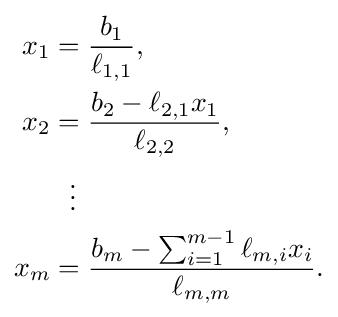
{\begin{aligned}x_{1}&={\frac {b_{1}}{\ell _{1,1}}},\\x_{2}&={\frac {b_{2}-\ell _{2,1}x_{1}}{\ell _{2,2}}},\\&\ \ \vdots \\x_{m}&={\frac {b_{m}-\sum _{i=1}^{m-1}\ell _{m,i}x_{i}}{\ell _{m,m}}}.\end{aligned}}